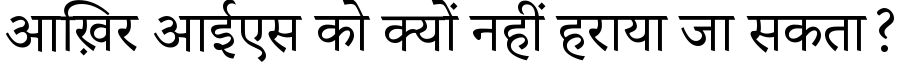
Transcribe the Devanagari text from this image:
आख़िर आईएस को क्यों नहीं हराया जा सकता?